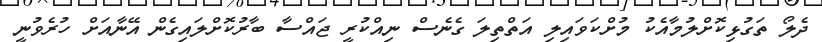
ދެލޯ ތަގުޅިކޮށްލުމާއެކު މުށްކަވައިލި އަތްތިލަ ގެނެސް ނިއްކުރީ ޖައްސާ ބާރުކޮށްލައިގެން އޭނާއަށް ހުރެވުނީ